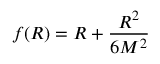
f ( R ) = R + { \frac { R ^ { 2 } } { 6 M ^ { 2 } } }